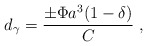
\begin{align*}d_\gamma={\pm \Phi a^3(1-\delta)\over C} \; ,\end{align*}